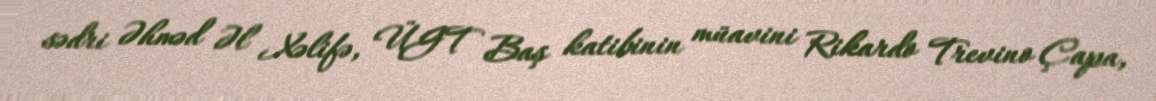
sədri Əhməd Əl Xəlifə, ÜGT Baş katibinin müavini Rikardo Trevino Çapa,